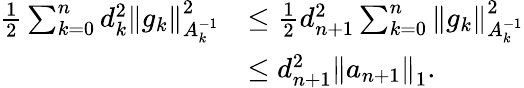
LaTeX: \begin{array}{rl}{\frac{1}{2}\sum_{k=0}^{n}d_{k}^{2}\left\Vert g_{k}\right\Vert_{A_{k}^{-1}}^{2}}&{\leq\frac{1}{2}d_{n+1}^{2}\sum_{k=0}^{n}\left\Vert g_{k}\right\Vert_{A_{k}^{-1}}^{2}}\\ &{\leq d_{n+1}^{2}\left\Vert a_{n+1}\right\Vert_{1}.}\end{array}